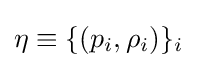
\eta \equiv \{(p_{i},\rho _{i})\}_{i}